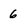
Character: 6